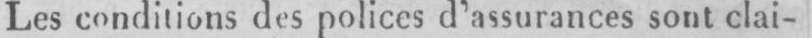
Les conditions des polices d’assurances sont clai-